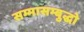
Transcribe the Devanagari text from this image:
सम्मासम्बुद्धो